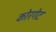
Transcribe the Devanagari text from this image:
कोरगेट